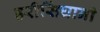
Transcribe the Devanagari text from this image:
हरीसिंघानी